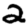
Digit: 2